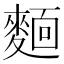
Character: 𬹃